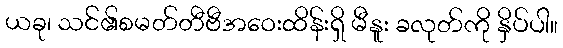
ယခု၊ သင်၏စမတ်တီဗီအဝေးထိန်းရှိ မီနူး ခလုတ်ကို နှိပ်ပါ။